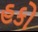
હકો